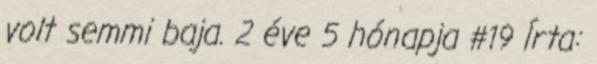
volt semmi baja. 2 éve 5 hónapja #19 Írta: